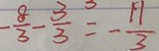
- \frac { 8 } { 3 } - \frac { 3 } { 3 } = - \frac { 1 1 } { 3 }